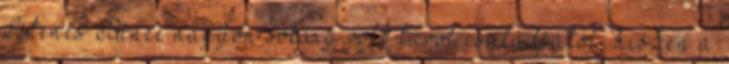
Istenes Bence nagyon sokáig volt távol családjától, hiszen a